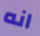
انه